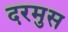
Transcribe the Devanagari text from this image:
दरमुस